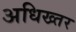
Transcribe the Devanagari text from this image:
अधिख्तर